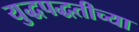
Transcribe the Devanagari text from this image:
युद्धपद्धतीच्या